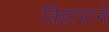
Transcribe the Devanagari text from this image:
विहाराने